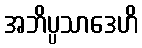
အဘိပ္ပသာဒေဟိ